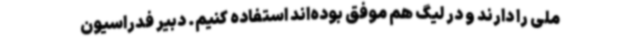
ملی را دارند و در لیگ هم موفق بوده‌اند استفاده کنیم. دبیر فدراسیون